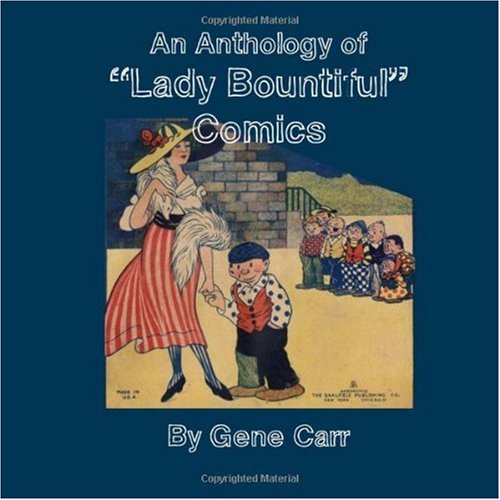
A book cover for An Anthology of "Lady Bountiful" Comics; Gene Carr; Comics & Graphic Novels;